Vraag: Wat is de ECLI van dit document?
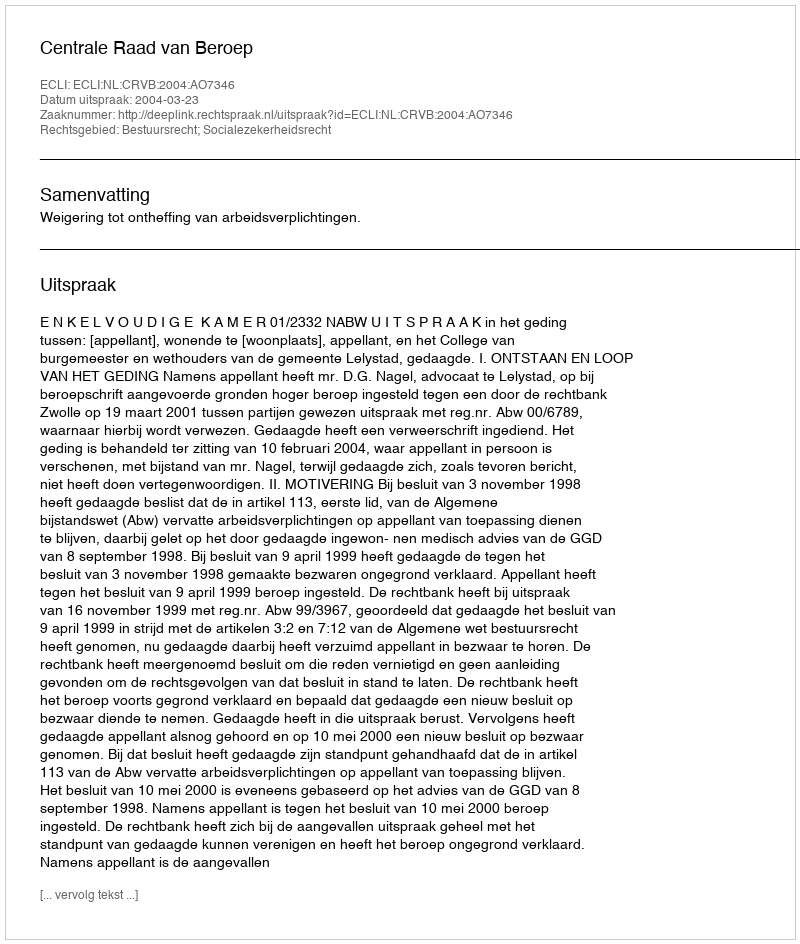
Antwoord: ECLI:NL:CRVB:2004:AO7346